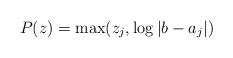
LaTeX: \begin{align*}P(z) = \max (z_j, \log \vert b - a_j \vert ) \end{align*}